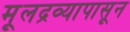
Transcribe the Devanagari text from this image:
मूलद्रव्यापासून